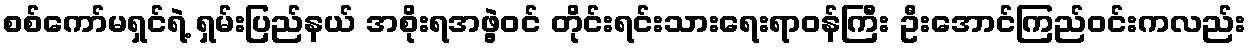
စစ်ကော်မရှင်ရဲ့ ရှမ်းပြည်နယ် အစိုးရအဖွဲ့ဝင် တိုင်းရင်းသားရေးရာဝန်ကြီး ဦးအောင်ကြည်ဝင်းကလည်း